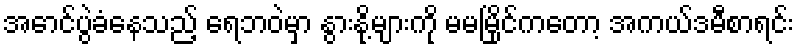
အောင်ပွဲခံနေသည့် ရေဘဝဲမှာ နွားနို့များကို မမမြိုင်ကတော့ အကယ်ဒမီစာရင်း